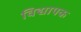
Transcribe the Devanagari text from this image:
विद्यापक